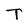
Character: T